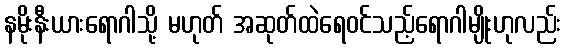
နမိုးနီးယားရောဂါသို့ မဟုတ် အဆုတ်ထဲရေဝင်သည့်ရောဂါမျိုးဟုလည်း